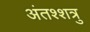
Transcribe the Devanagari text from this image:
अंतश्शत्रु